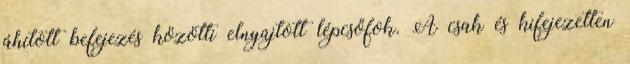
áhított befejezés közötti elnyújtott lépcsőfok. A csak és kifejezetten